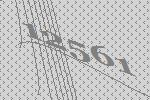
12561